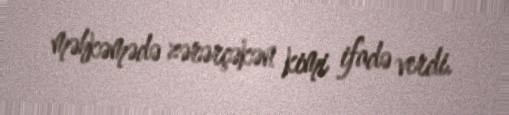
məhkəmədə zərərçəkən kimi ifadə verdi.